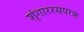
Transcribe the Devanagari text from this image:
शृंगाररसपरक